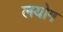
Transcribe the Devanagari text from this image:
लयोग